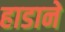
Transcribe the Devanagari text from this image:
हाडाने